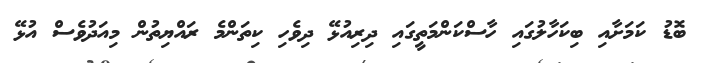
ބޮޑު ކަމަށާއި ބިކަހާލުގައި ހާސްކަންމަތީގައި ދިރިއުޅޭ ދިވެހި ކިތަންމެ ރައްޔިތުން މިއަދުވެސް އުޅޭ